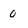
Character: 0